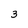
Character: 3